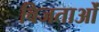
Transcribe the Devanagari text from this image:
विजताओं